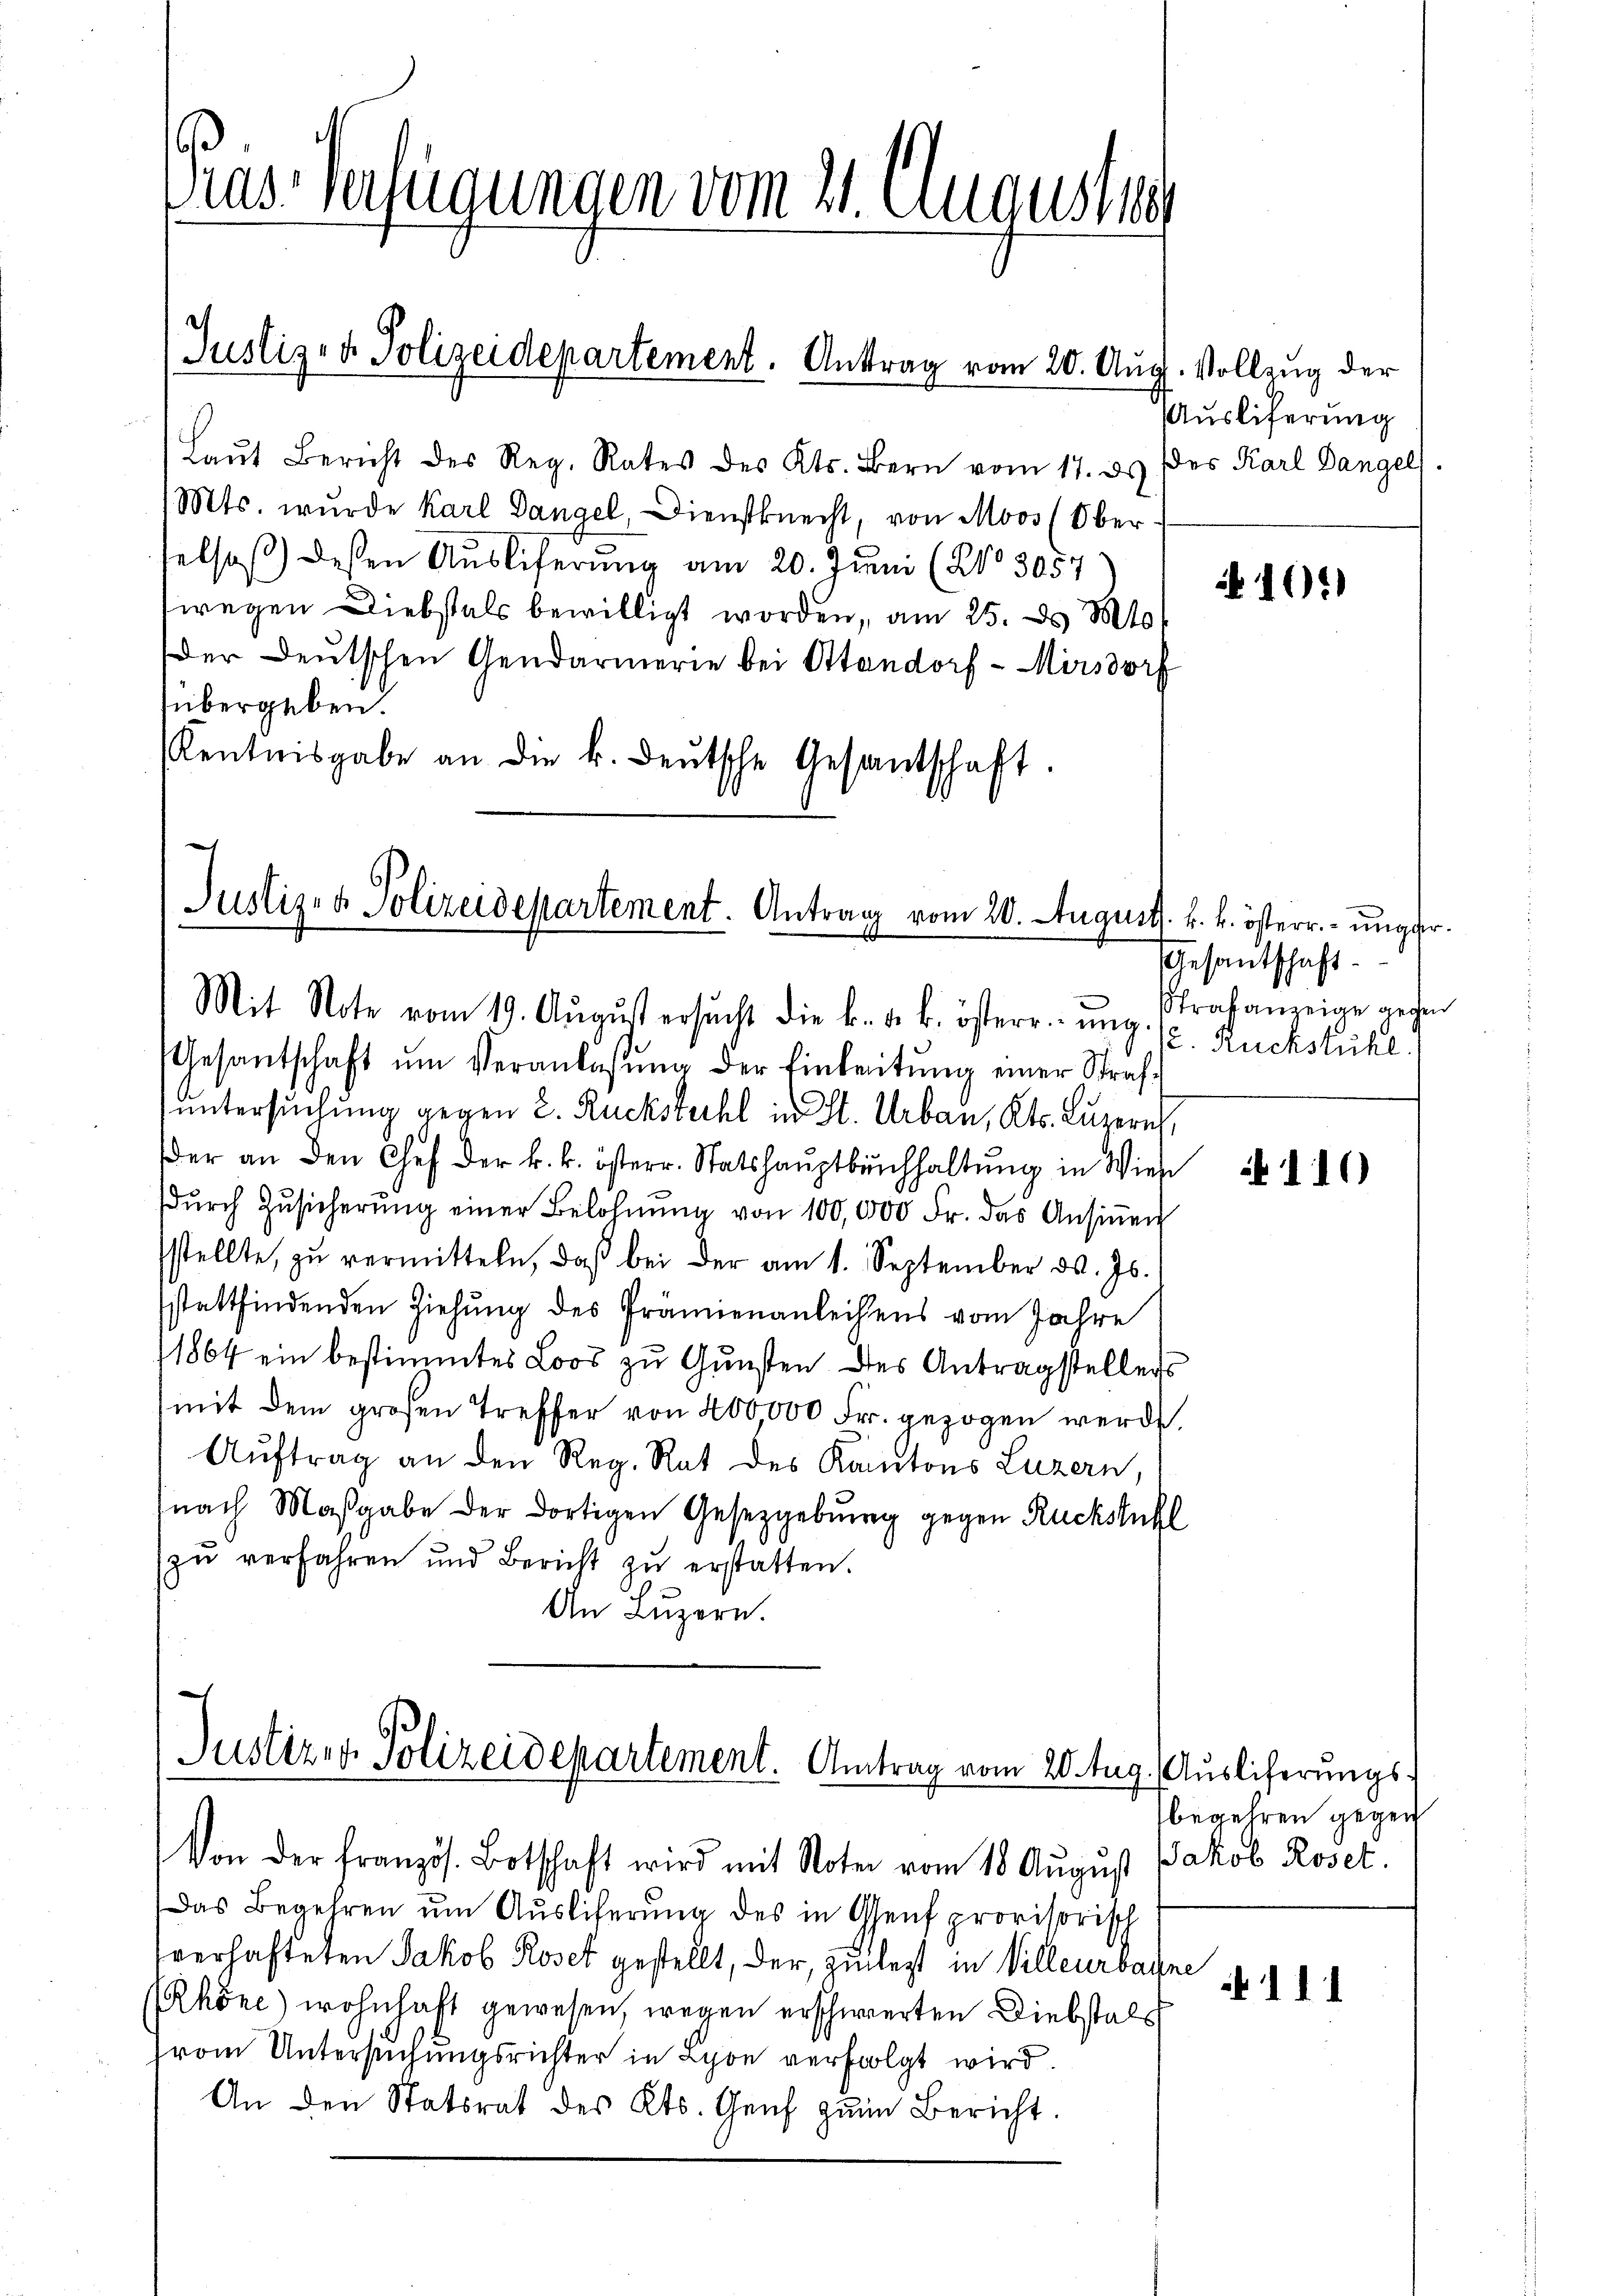
Dras-Verfügungen vom 21. August 18

Justiz- & Polizeidepartement. Antrag vom 20. Aug. Vollzug der

Laŭt Bericht des Reg. Rates des Kts. Bern vom 17. ds (des Karl Dangel
Mts. wurde Karl Dangel, Dienstknecht, von Moos (Ober
selsas) dessen Auslieferung am 20. Juni (No 3057
wegen Diebstals bewilligt worden, am 25. d. Mt
Der Deutschen Gendarmerie bei Standorf - Mirsdorf
übergeben.
Kentnisgabe an die k. deŭtsche Gesandschaft.

Justiz- & Polizeidepartement. Antrag vom 20. August

Mit Note vom 19. Aŭgŭst ersŭcht die k. k. k. österr. ung. Strafanzeige gegen
Gesantschaft ŭm Veranlassŭng der Einleitŭng einer Straf-
untersuchung gegen 2. Rückstuhl in St. Urbau, Kts. Luzern,
der an den Chef der k. k. österr. Statshauptbuchhaltung in Wies
dŭrch Zŭsicherŭng einer Belohnŭng von 100,000 Fr. das Ansiṅen
stellte, zŭ vermitteln, daβ bei der am 1. September d. Js.
sstattfindenden Ziehŭng des Prämienanleihens vom Jahre
1864 ein bestimmtes Loos zu Gunsten des Antragstellens
mit dem großen Treffer von 200000 Fr. gezogen werde.
Aŭftrag an den Reg. Rat des Kantons Luzern,
nach Maßgabe der dortigen Gesetzgebung gegen Rückstuhl
zŭ verfahren und Bericht zŭ erstatten.
An Luzern.

Justizen Polizeidepartement. Antrag vom 20. Aug. Auslieferungs¬

Von der französ. Botschaft wird mit Note vom 18. Aŭgŭst Jakob Roset.
Das Begehren um Auslieferung des in Genf provisorisch
sverhafteten Jakob Roset gestellt, der, zielest in Villeurbaine
Rhone) wohnhaft gewesen, wegen erschwierten Diebstals
vom Untersuchungsrichter in Lyon verfolgt wird
An den Statsrat des Kts. Genf zŭm Bericht.

Sauslieferung

. k. k. österr. ungfer¬
Gesantschaft.
. Rückstuhl.

101)

110

begehren gegen
 111